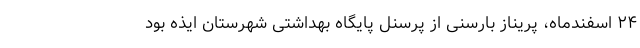
۲۴ اسفندماه، پریناز بارسنی از پرسنل پایگاه بهداشتی شهرستان ایذه بود